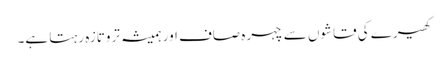
کھیرے کی قاشوں سے چہرہ صاف اور ہمیشہ تروتازہ رہتا ہے۔